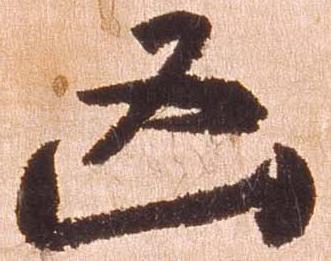
凶